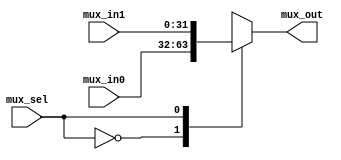
module MUX2X1
#(parameter DATA_W=32)
(
 input [DATA_W-1:0]mux_in0,mux_in1,
 input mux_sel,
 output reg[DATA_W-1:0]mux_out
 );
 
always@(*)
begin
case(mux_sel)
1'b0:mux_out=mux_in0;
1'b1:mux_out=mux_in1;
endcase
end
endmodule


module FORWARDING_MUX
#(parameter DATA_W=32)
(
 input [DATA_W-1:0]mux_in0,mux_in1,mux_in2,mux_in3,mux_in4,
 input [2:0]mux_sel,
 output reg [DATA_W-1:0]mux_out
 );
 
 
always@(*)
begin
case(mux_sel)
3'b000:mux_out=mux_in0;
3'b001:mux_out=mux_in1;
3'b010:mux_out=mux_in2;
3'b011:mux_out=mux_in3;
3'b100:mux_out=mux_in4;
default:mux_out=mux_in0;
endcase
end
endmodule